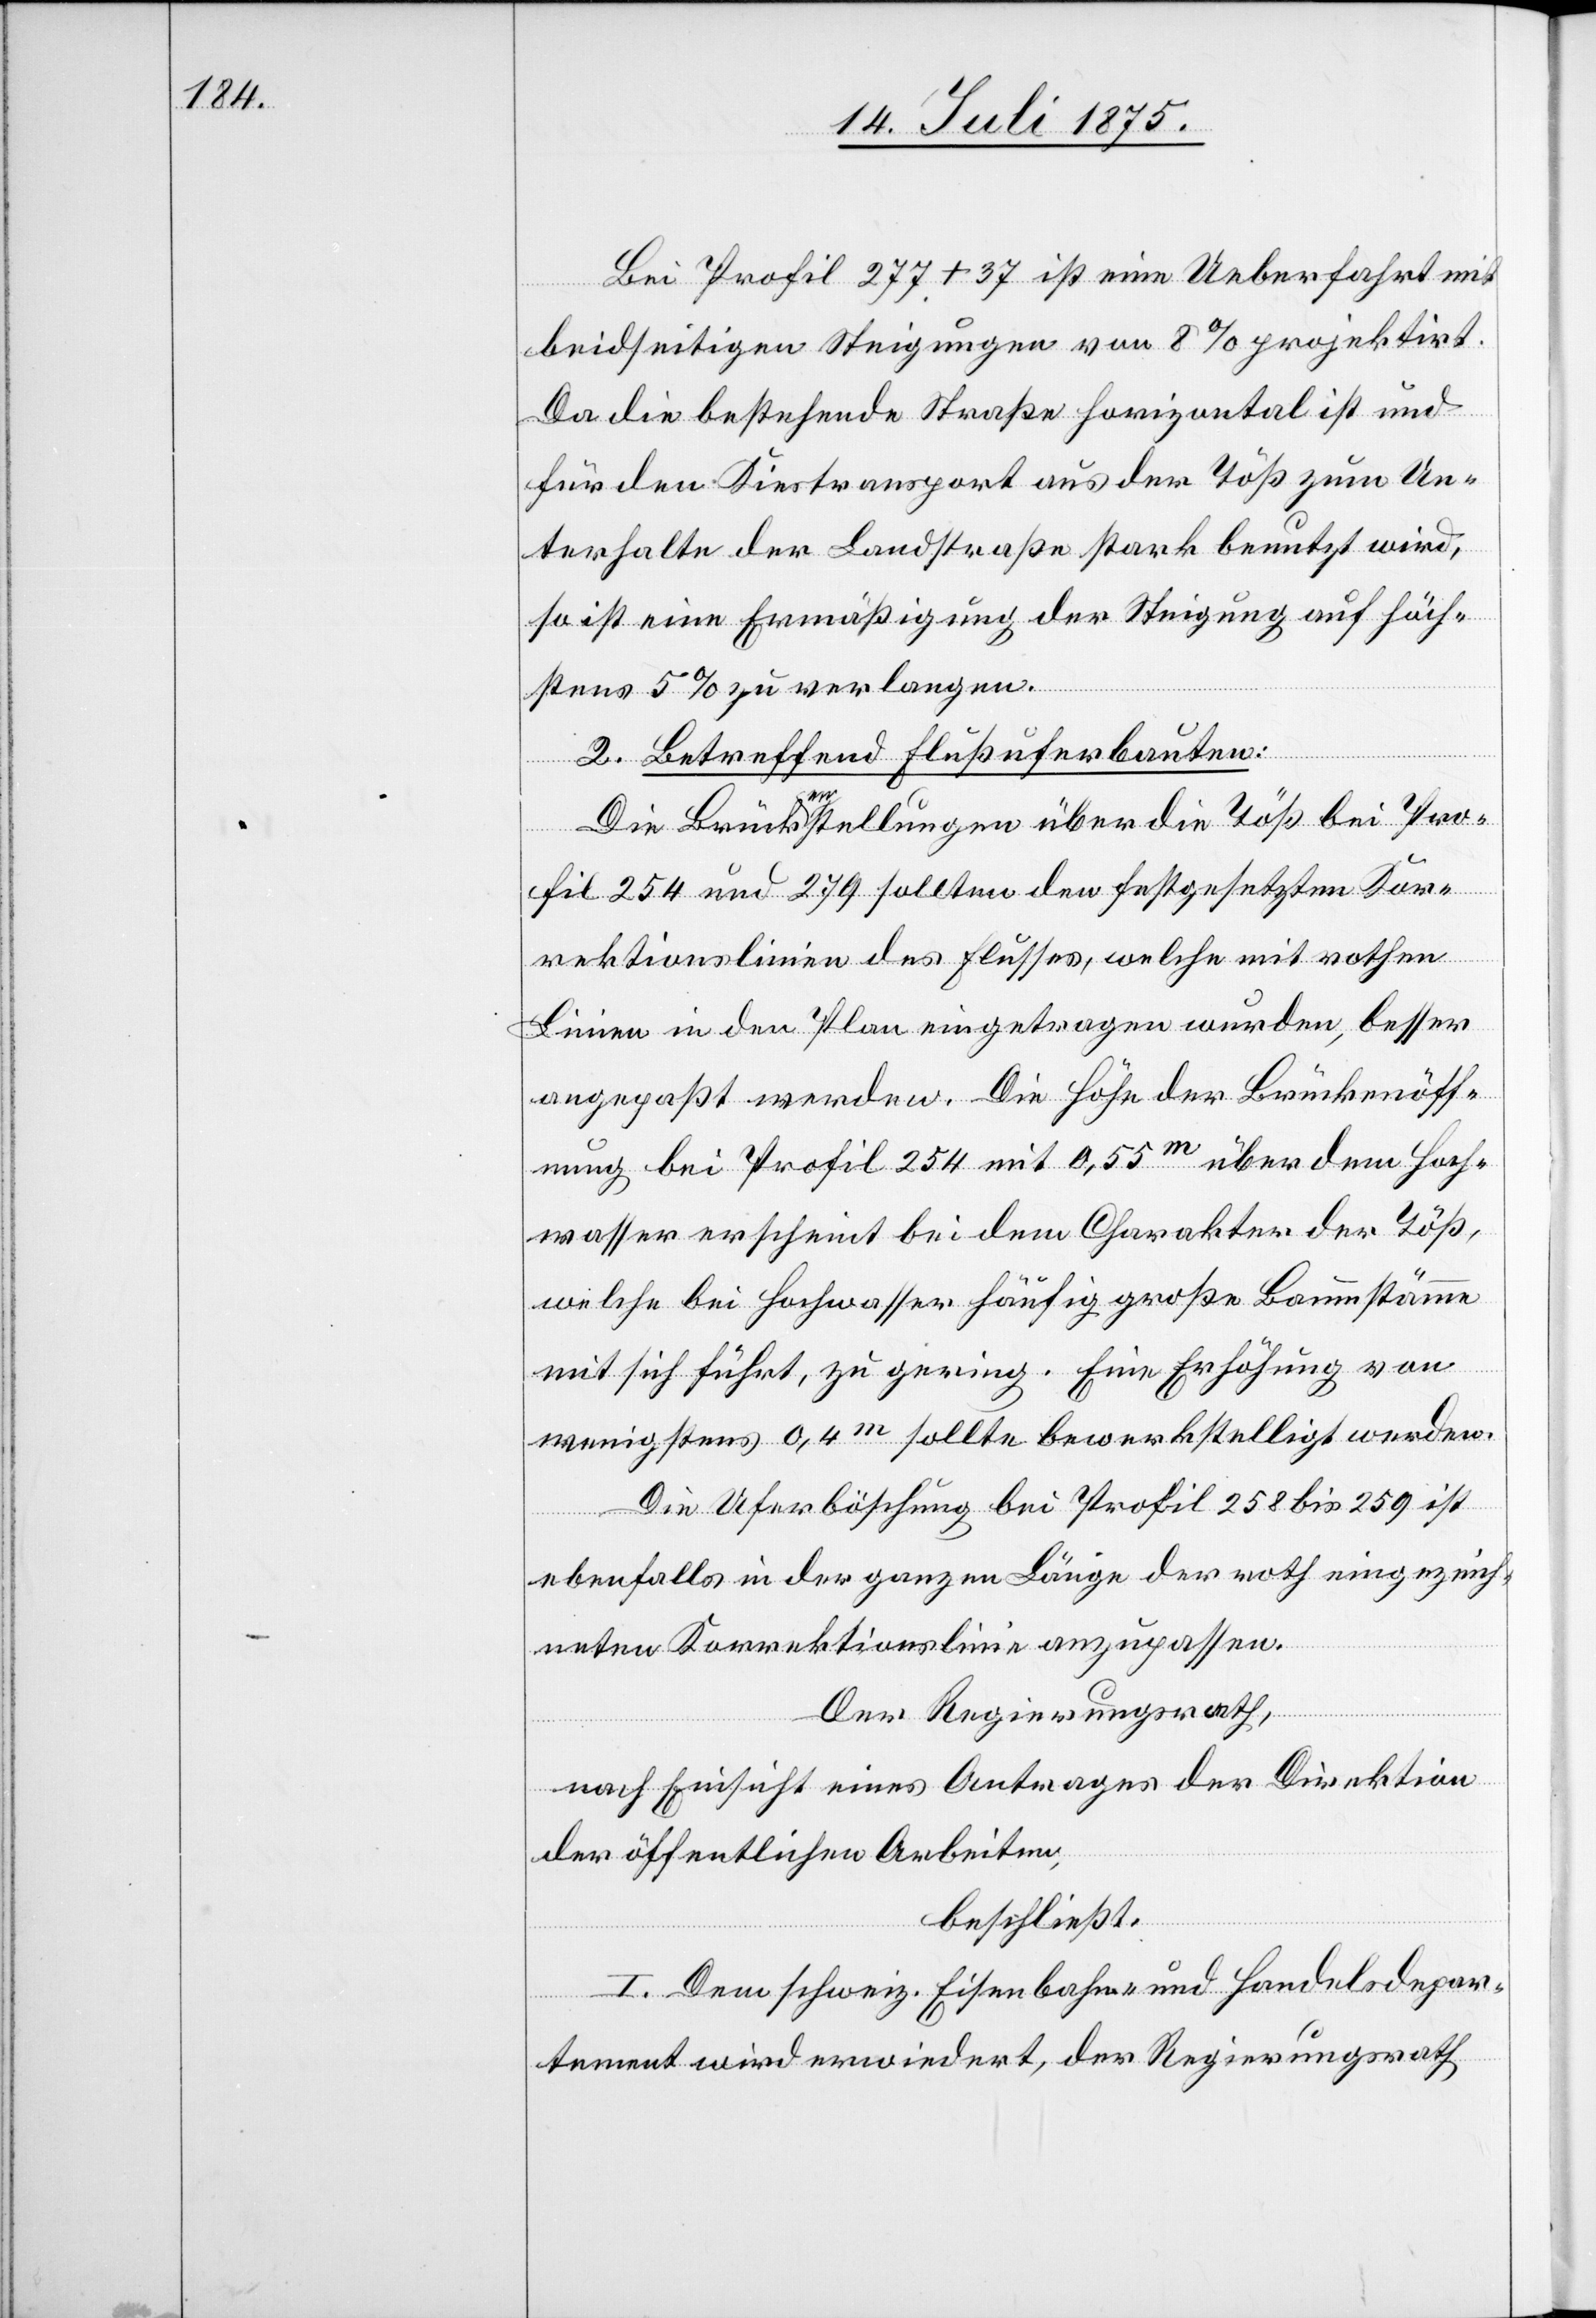
Bei Profil 277+37 ist eine Ueberfahrt mit
beidseitigen Steigungen von 8% projektirt.
Da die bestehende Straße horizontal ist und
für den Kiestransport aus der Töß zum Un¬
terhalte der Landstraße stark benutzt wird,
so ist eine Ermäßigung der Steigung auf höch¬
stens 5% zu verlangen.
2. Betreffend Flußuferbauten:
Die Brückenstellungen über die Töß bei Pro¬
fil 254 und 279 sollten den festgesetzten Kor¬
rektionslinien des Flusses, welche mit rothen
Linien in den Plan eingetragen wurden, besser
angepaßt werden. Die Höhe der Brückenöff¬
nung bei Profil 254 mit 0,55m über dem Hoch¬
wasser erscheint bei dem Charakter der Töß,
welche bei Hochwasser häufig große Baumstämme
mit sich führt, zu gering. Eine Erhöhung von
wenigstens 0,4m sollte bewerkstelligt werden.
Die Uferböschung bei Profil 258 bis 259 ist
ebenfalls in der ganzen Länge der roth eingezeich¬
neten Korrektionslinie anzupassen.
Der Regierungsrath,
nach Einsicht eines Antrages der Direktion
der öffentlichen Arbeiten,
beschließt:
I. Dem schweiz. Eisenbahn- und Handelsdepar¬
tement wird erwiedert, der Regierungsrath